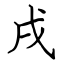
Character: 戌